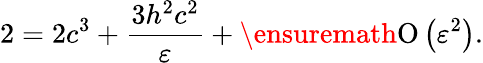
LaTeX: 2=2c^{3}+\frac{3h^{2}c^{2}}{\varepsilon}+\ensuremath{\operatorname{O}\left(\varepsilon^{2}\right)}.